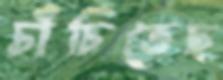
চাঁচিতেছ